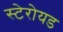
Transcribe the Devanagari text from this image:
स्टेरोयड